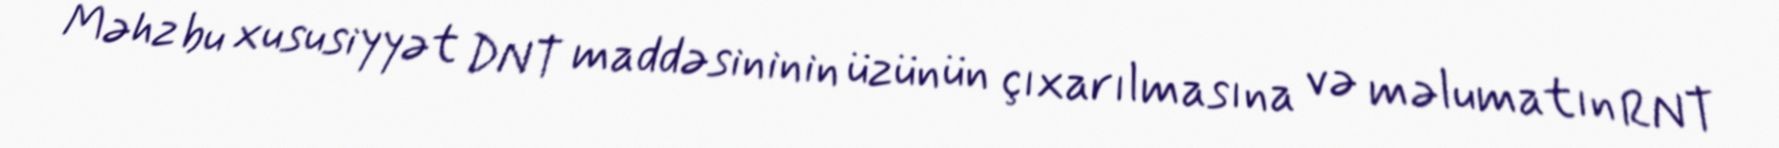
Məhz bu xususiyyət DNT maddəsininin üzünün çıxarılmasına və məlumatın RNT